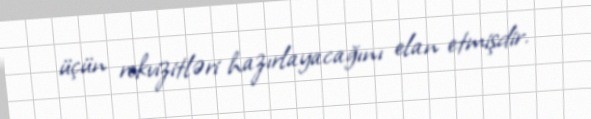
üçün rekvizitləri hazırlayacağını elan etmişdir.